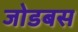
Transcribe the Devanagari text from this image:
जोडबस